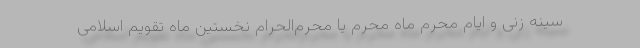
سینه زنی و ایام محرم ماه محرم یا محرم‌الحرام نخستین ماه تقویم اسلامی